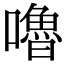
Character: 嚕